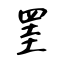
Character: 罣